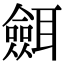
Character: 𦗼